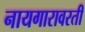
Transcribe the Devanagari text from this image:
नायगारावरती